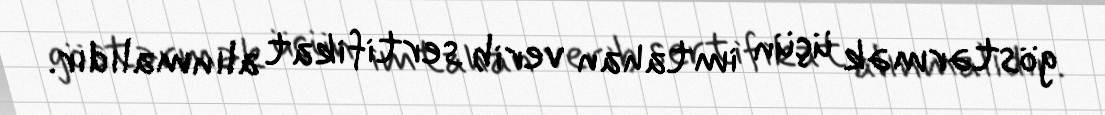
göstərmək üçün imtahan verib sertifikat alınmalıdır.